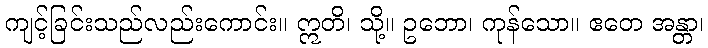
ကျင့်ခြင်းသည်လည်းကောင်း။ ဣတိ၊ သို့။ ဥဘော၊ ကုန်သော။ ဧတေ အန္တာ၊